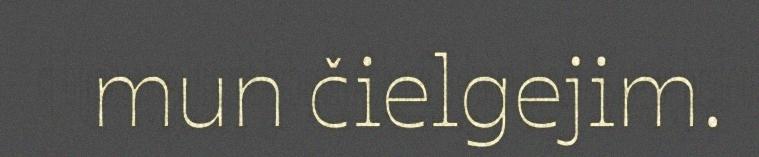
mun čielgejim.